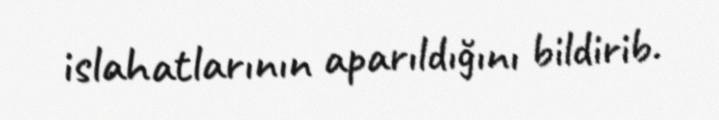
islahatlarının aparıldığını bildirib.